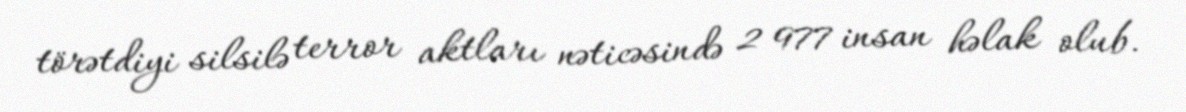
törətdiyi silsilə terror aktları nəticəsində 2 977 insan həlak olub.